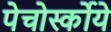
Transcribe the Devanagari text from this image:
पेचोर्स्कोये